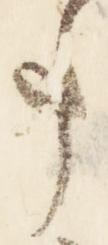
事